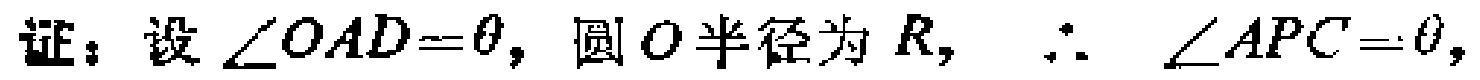
证：设\(\angle OAD = \theta\)，圆\(O\)半径为\(R\)，\(\therefore\) \(\angle APC=\theta\)，